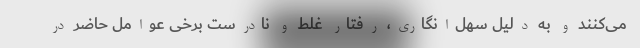
می‌کنند و به دلیل سهل‌انگاری، رفتار غلط و نادرست برخی عوامل حاضر در